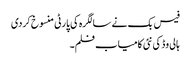
فیس بک نے سالگرہ کی پارٹی منسوخ کردی
ہالی وڈ کی نئی کامیاب فلم۔